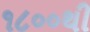
૧૮૦૦થી